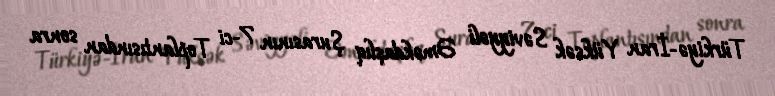
Türkiyə-İran Yüksək Səviyyəli Əməkdaşlıq Şurasının 7-ci Toplantısından sonra